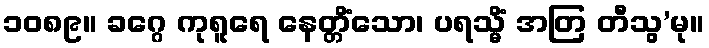
၁၀၈၉။ ခဂ္ဂေ ကုရူရေ နေတ္တိံသော၊ ပရသ္မိံ အတြ တီသွ’မု။